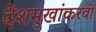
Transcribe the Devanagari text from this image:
देशमुखांकरवी